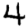
Digit: 4